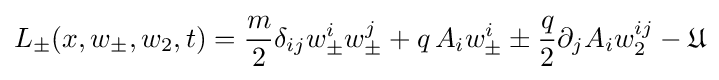
L_{\pm }(x,w_{\pm },w_{2},t)={\frac {m}{2}}\delta _{ij}w_{\pm }^{i}w_{\pm }^{j}+q\,A_{i}w_{\pm }^{i}\pm {\frac {q}{2}}\partial _{j}A_{i}w_{2}^{ij}-{\mathfrak {U}}